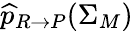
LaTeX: \widehat{p}_{R\rightarrow P}(\Sigma_{M})